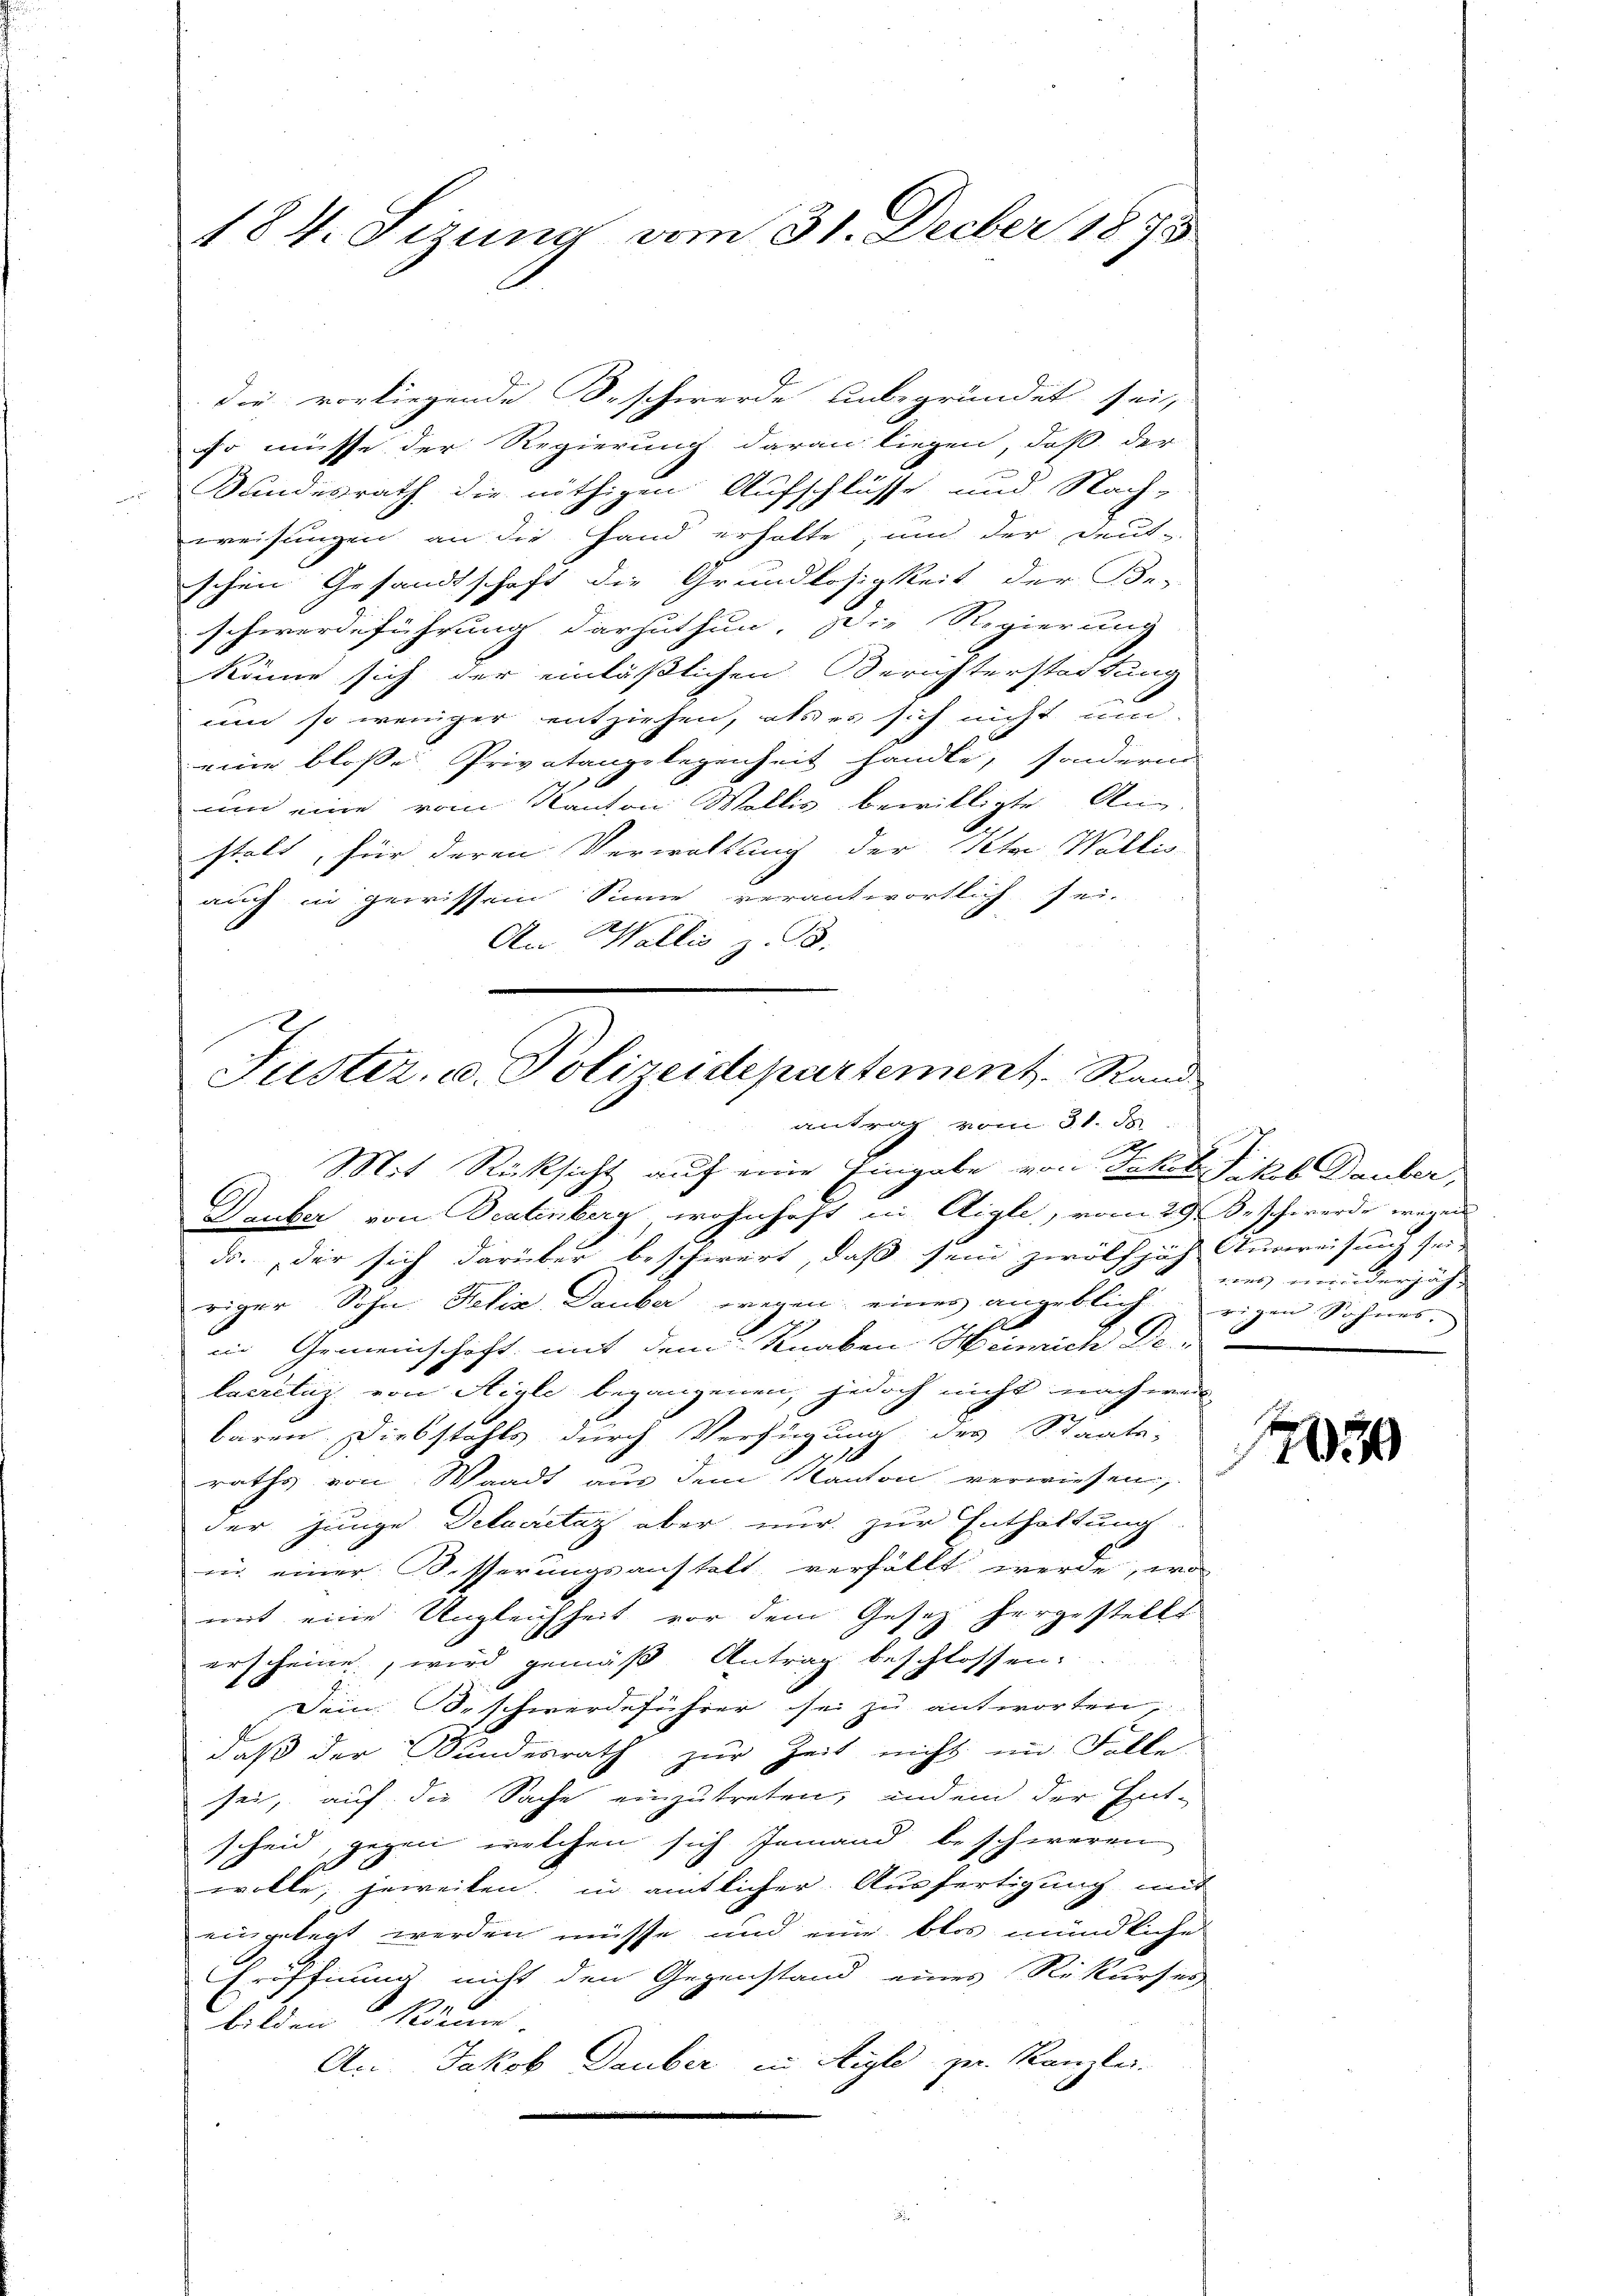
184. Sizung vom 31. Decber 1875

so müsse der Regierung daran liegen, daß der
Bundesrath die nöthigen Aufschlüsse und Nach-
weisungen an die Hand erholte, und der Deut-
schen Gesandtschaft die Grundlosigkeit der Be-
schwerdeführung darzuthun. Die Regierung
könne sich der einläßlichen Berichterstadtung
um so weniger entziehen, als es sich nicht um
eine bloße Privatangelegenheit handle, sonderne
um eine vom Kanton Wollis bewilligte Ang
stalt, für deren Verwaltung der Peter Wallis
auch in gewissem Sinne verantwortlich sei-
h
An Wallis z. B.

Juster. u. Polizeidepartement. Rand
antrag vom 31. J
u
Mit Rücksicht auf eine Eingabe von Jakob Fikob Dauber,
Deuber von Beatenberg wohnhaft in Aigle, vom 29. Beschwerde wegen
dr., der sich darüber beschwert, daß sein zwölfjäh Ausreisung sei

die vorliegende Beschwerde unbegründet sei,

riger Sohn Felix Dauber wegen eines angeblich rigen Sohnes.
in Gemeinschaft mit dem Knaben Heinrich De
lacrelig von Aigle begangenen, jedoch nicht nach wei
baren. Diebstahls durch Verfügung des Staats-
raths von Waadt aus dem Kanton verwiesen,
der junge Delacretaz aber nur zur Enthaltung
ii einer Besserungsanstalt verfällt werde, wo
mit eine Ungleichheit vor dem Gesetz hergestellt
erscheine, wird gemäß Antrag beschlossen.
Dein Beschwerdeführer sei zu antworten,
daß der Bundesrath zur Zeit nicht im Falle
sei, auf die Sache einzutreten, indem der Ent-
scheid, gegen welchen sich jemand beschweren
wolle, jeweiten, in amtlicher Ausfertigung mit
eingelegt werden müsse und eine blos mündliche
Eröffnung nicht den Gegenstand eines Rekurser
bilden könne.
A. Jakob Deuber in Aigle zu Kanzle

wes meinderjähr

1